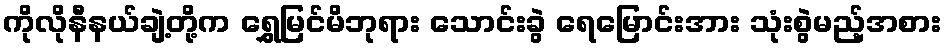
ကိုလိုနီနယ်ချဲ့တို့က ရွှေမြင်မိဘုရား သောင်းခွဲ ရေမြောင်းအား သုံးစွဲမည့်အစား